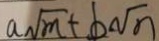
a \sqrt { m } + b \sqrt { n }